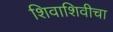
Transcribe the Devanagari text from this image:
शिवाशिवीचा